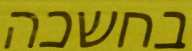
בחשכה